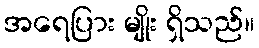
အရေပြား မျိုး ရှိသည်။